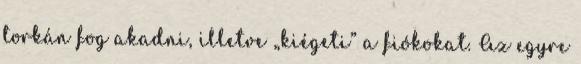
torkán fog akadni, illetve „kiégeti” a fiókokat. Az egyre